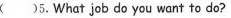
( ) 5.What job do you want to do?